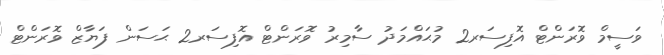
ވަސީމް ވޮރަންޓް އޮފިސަރ2 މުޙައްމަދު ސާމިރު ވޮރަންޓް އޮފިސަރ2 ޙަސަން ފަޔާޒް ވޮރަންޓް